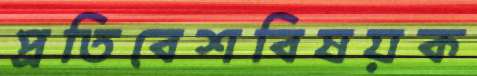
প্রতিবেশবিষয়ক